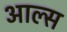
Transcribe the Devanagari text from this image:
आल्स